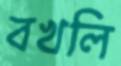
বখলি